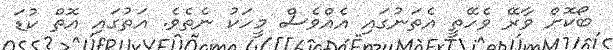
ބޯކޮށް ވާރޭ ވެހޭތީ އެތަނުގައި އެއްވެސް މީހަކު ނެތެވެ. އަތުގައި އޮތް ކުޑަ